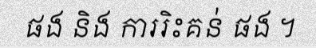
ផង និង ការរិះគន់ ផង ។